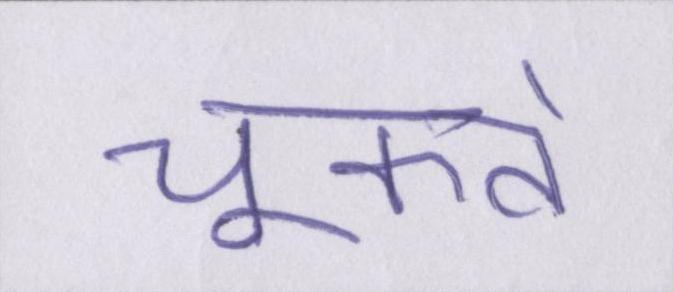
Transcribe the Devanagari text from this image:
चूकते